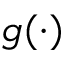
g ( \cdot )